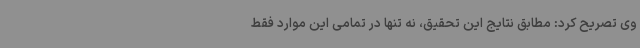
وی تصریح کرد: مطابق نتایج این تحقیق، نه تنها در تمامی این موارد فقط